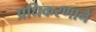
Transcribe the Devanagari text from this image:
प्रधिकरणाने